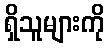
ရှိသူများကို